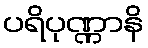
ပရိပုဏ္ဏာနိ